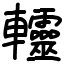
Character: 䡿